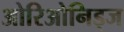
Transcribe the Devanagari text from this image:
ओरिओनिड्ज